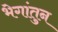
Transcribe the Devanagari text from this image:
भेगांतुन